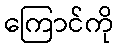
ကြောင်ကို